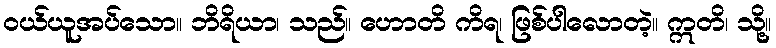
ဝယ်ယူအပ်သော။ ဘိရိယာ၊ သည်။ ဟောတိ ကိရ၊ ဖြစ်ပါလောတဲ့။ ဣတိ၊ သို့။